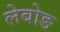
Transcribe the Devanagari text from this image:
लेबोङ